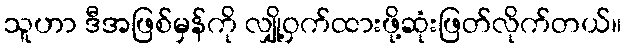
သူဟာ ဒီအဖြစ်မှန်ကို လျှို့ဝှက်ထားဖို့ဆုံးဖြတ်လိုက်တယ်။